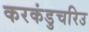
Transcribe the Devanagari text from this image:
करकंडुचरिउ